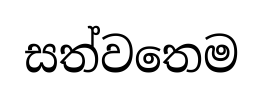
සත්වතෙම